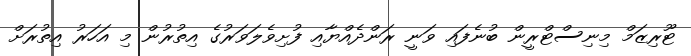
ޓޫރިޒަމް މިނިސްޓްރީން ބުނެފައި ވަނީ ރަންދެއްޔާއި ފުށިވެލަވަރުގެ އިތުރުން މި އަހަރު އިތުރަށް